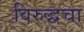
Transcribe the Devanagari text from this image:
विरुद्धचा